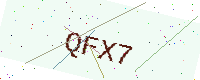
Text: QFX7